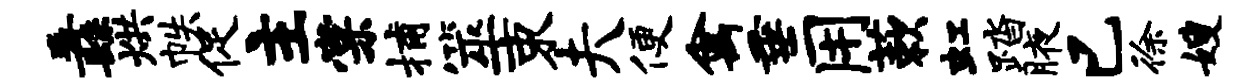
纛烘帙促主棠捕筮束夫便禽垂用蔌虹踏腋已徐嫂